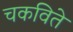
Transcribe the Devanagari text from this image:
चकविते